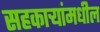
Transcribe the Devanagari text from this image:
सहकार्‍यांमधील